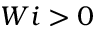
W i > 0